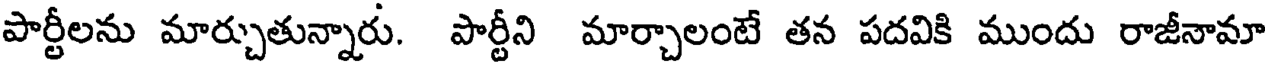
పార్టీలను మార్చుతున్నారు. పార్టీని మార్చాలంటే తన పదవికి ముందు రాజీనామా